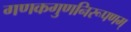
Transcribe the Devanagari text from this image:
गणकगुणनिरूपणम्